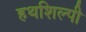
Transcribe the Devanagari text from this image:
हथशिल्पी